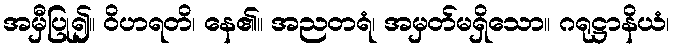
အမှီပြု၍။ ဝိဟရတိ၊ နေ၏။ အညတရံ၊ အမှတ်မရှိသော။ ဂရုဋ္ဌာနိယံ၊